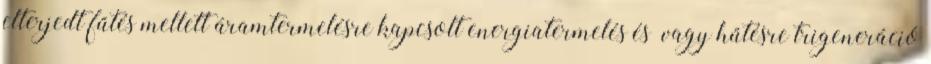
elterjedt fűtés mellett áramtermelésre kapcsolt energiatermelés és vagy hűtésre trigeneráció